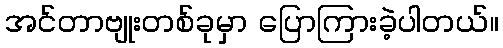
အင်တာဗျုးတစ်ခုမှာ ပြောကြားခဲ့ပါတယ်။